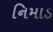
નિમાડ